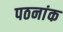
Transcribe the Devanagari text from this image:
पठनांक